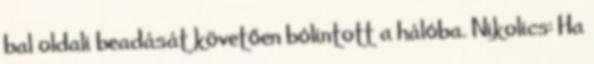
bal oldali beadását követően bólintott a hálóba. Nikolics: Ha